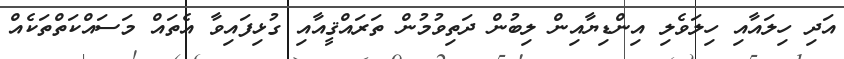
އަދި ހިލައާއި ހިލަވެލި އިންޑިޔާއިން ލިބުން ދަތިވުމުން ތަރައްޤީއާއި ގުޅިފައިވާ އެތައް މަސައްކަތްތަކެއް